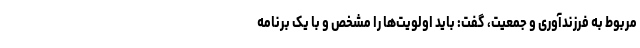
مربوط به فرزندآوری و جمعیت، گفت: باید اولویت‌ها را مشخص و با یک برنامه